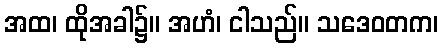
အထ၊ ထိုအခါ၌။ အဟံ၊ ငါသည်။ သဒေဝတက၊